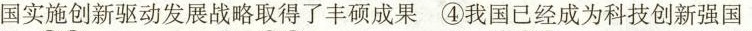
国实施创新驱动发展战略取得了丰硕成果④我国已经成为科技创新强国